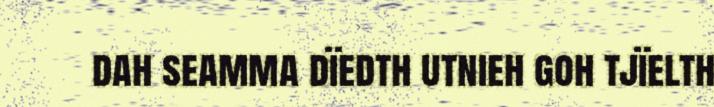
dah seamma dïedth utnieh goh tjïelth